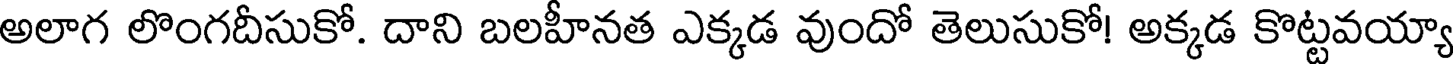
అలాగ లొంగదీసుకో. దాని బలహీనత ఎక్కడ వుందో తెలుసుకో! అక్కడ కొట్టవయ్యా